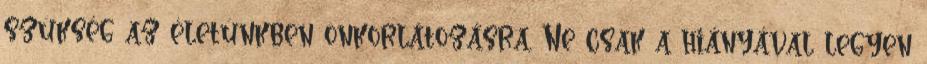
szükség az életünkben önkorlátozásra. Ne csak a hiányával legyen